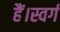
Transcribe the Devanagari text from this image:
हैं।स्वर्ग